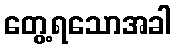
တွေ့ရသောအခါ